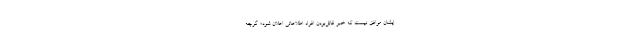
ایشان موافق نیست که خبر قاتل‌بودن افراد اطلاعاتى اعلان شود؛ گرچه